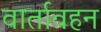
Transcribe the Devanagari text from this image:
वार्तावहन